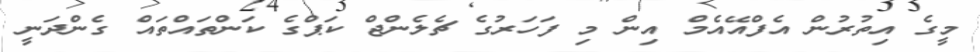
މީގެ އިތުރުން އެފްއޭއެމް އިން މި ފަހަރުގެ ޗެލެންޖް ކަޕްގެ ކަންތައްތައް ގެންދަނީ